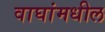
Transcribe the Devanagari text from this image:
वाघांमधील